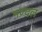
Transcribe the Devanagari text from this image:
मण्दल